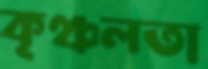
কৃঞ্চলতা